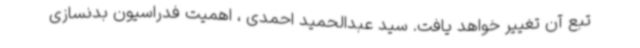
تبع آن تغییر خواهد یافت. سید عبدالحمید احمدی ، اهمیت فدراسیون بدنسازی